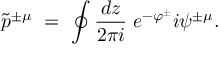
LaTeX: \tilde { p } ^ { \pm \mu } \ = \ \oint \frac { d z } { 2 \pi i } \; e ^ { - \varphi ^ { \pm } } i \psi ^ { \pm \mu } .